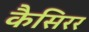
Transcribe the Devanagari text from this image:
कैसिरर